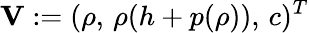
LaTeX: \mathbf{V}:=(\rho,\, \rho(h+p(\rho)),\, c)^{T}